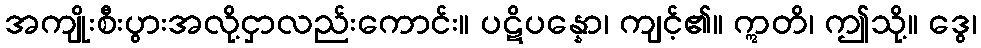
အကျိုးစီးပွားအလို့ငှာလည်းကောင်း။ ပဋိပန္နော၊ ကျင့်၏။ ဣတိ၊ ဤသို့။ ဒွေ၊